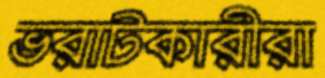
ভরাটকারীরা